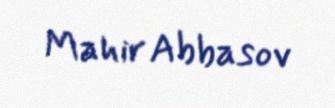
Mahir Abbasov